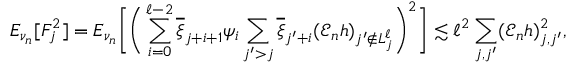
E _ { \nu _ { n } } [ F _ { j } ^ { 2 } ] = E _ { \nu _ { n } } \bigg [ \bigg ( \sum _ { i = 0 } ^ { \ell - 2 } \overline { { \xi } } _ { j + i + 1 } \psi _ { i } \sum _ { j ^ { \prime } > j } \overline { { \xi } } _ { j ^ { \prime } + i } ( \mathcal { E } _ { n } h ) _ { j ^ { \prime } \notin { L _ { j } ^ { \ell } } } \bigg ) ^ { 2 } \bigg ] \lesssim \ell ^ { 2 } \sum _ { j , j ^ { \prime } } ( \mathcal { E } _ { n } h ) _ { j , j ^ { \prime } } ^ { 2 } ,